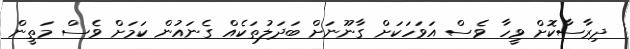
ދިރާސާކޮށް ވީހާ ވެސް އަވަހަކަށް ގާނޫނަށް ބަދަލުތަކެއް ގެނައުން ކަމަށް ވެސް މަތީން